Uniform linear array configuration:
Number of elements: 12
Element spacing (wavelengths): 0.5
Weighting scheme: uniform
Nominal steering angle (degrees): -30
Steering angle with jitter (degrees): -29.108
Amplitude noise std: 0.05
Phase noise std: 0.05

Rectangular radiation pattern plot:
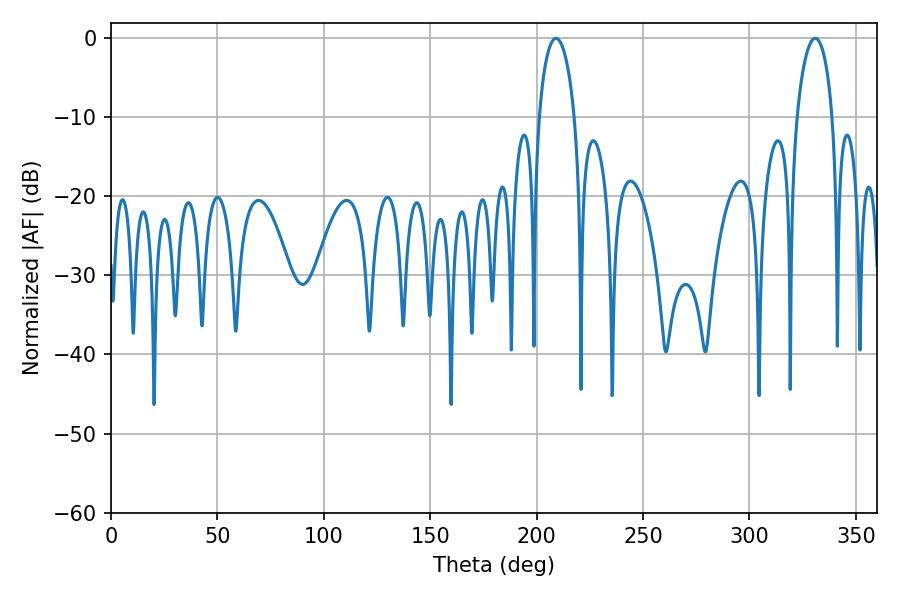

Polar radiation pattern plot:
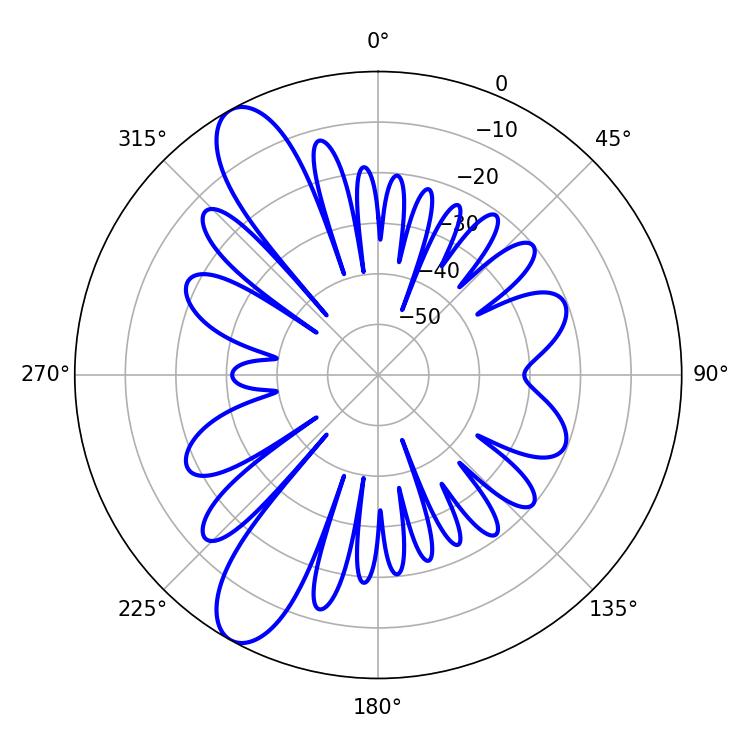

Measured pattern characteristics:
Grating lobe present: FALSE
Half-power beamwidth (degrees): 9.54
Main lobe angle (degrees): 330.84